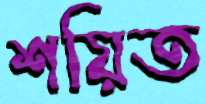
শয়িত